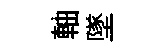
軸墜